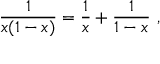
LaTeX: { \frac { 1 } { x ( 1 - x ) } } = { \frac { 1 } { x } } + { \frac { 1 } { 1 - x } } \ ,